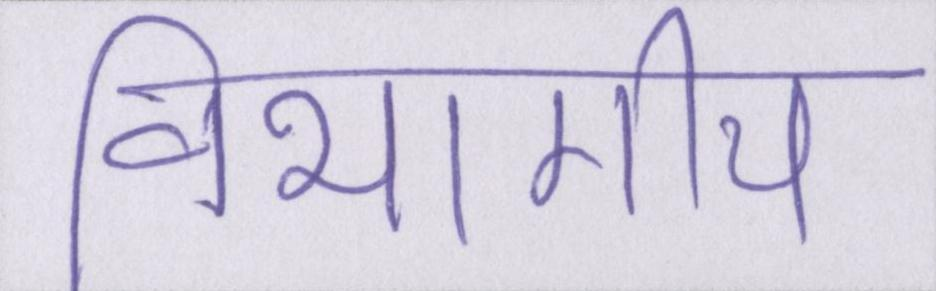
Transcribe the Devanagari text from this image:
विभागीय